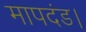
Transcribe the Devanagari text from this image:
मापदंड।